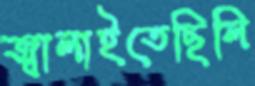
জ্বালাইতেছিলি